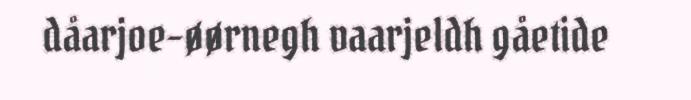
dåarjoe-øørnegh vaarjeldh gåetide